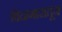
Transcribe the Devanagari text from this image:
विदागारातून